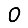
Digit: 0